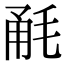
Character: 𣭲